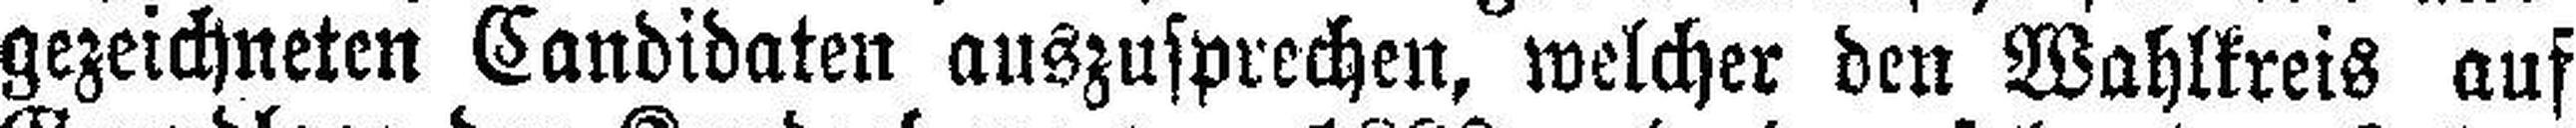
gezeichneten Candidaten auszusprechen, welcher den Wahlkreis auf